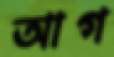
আগ